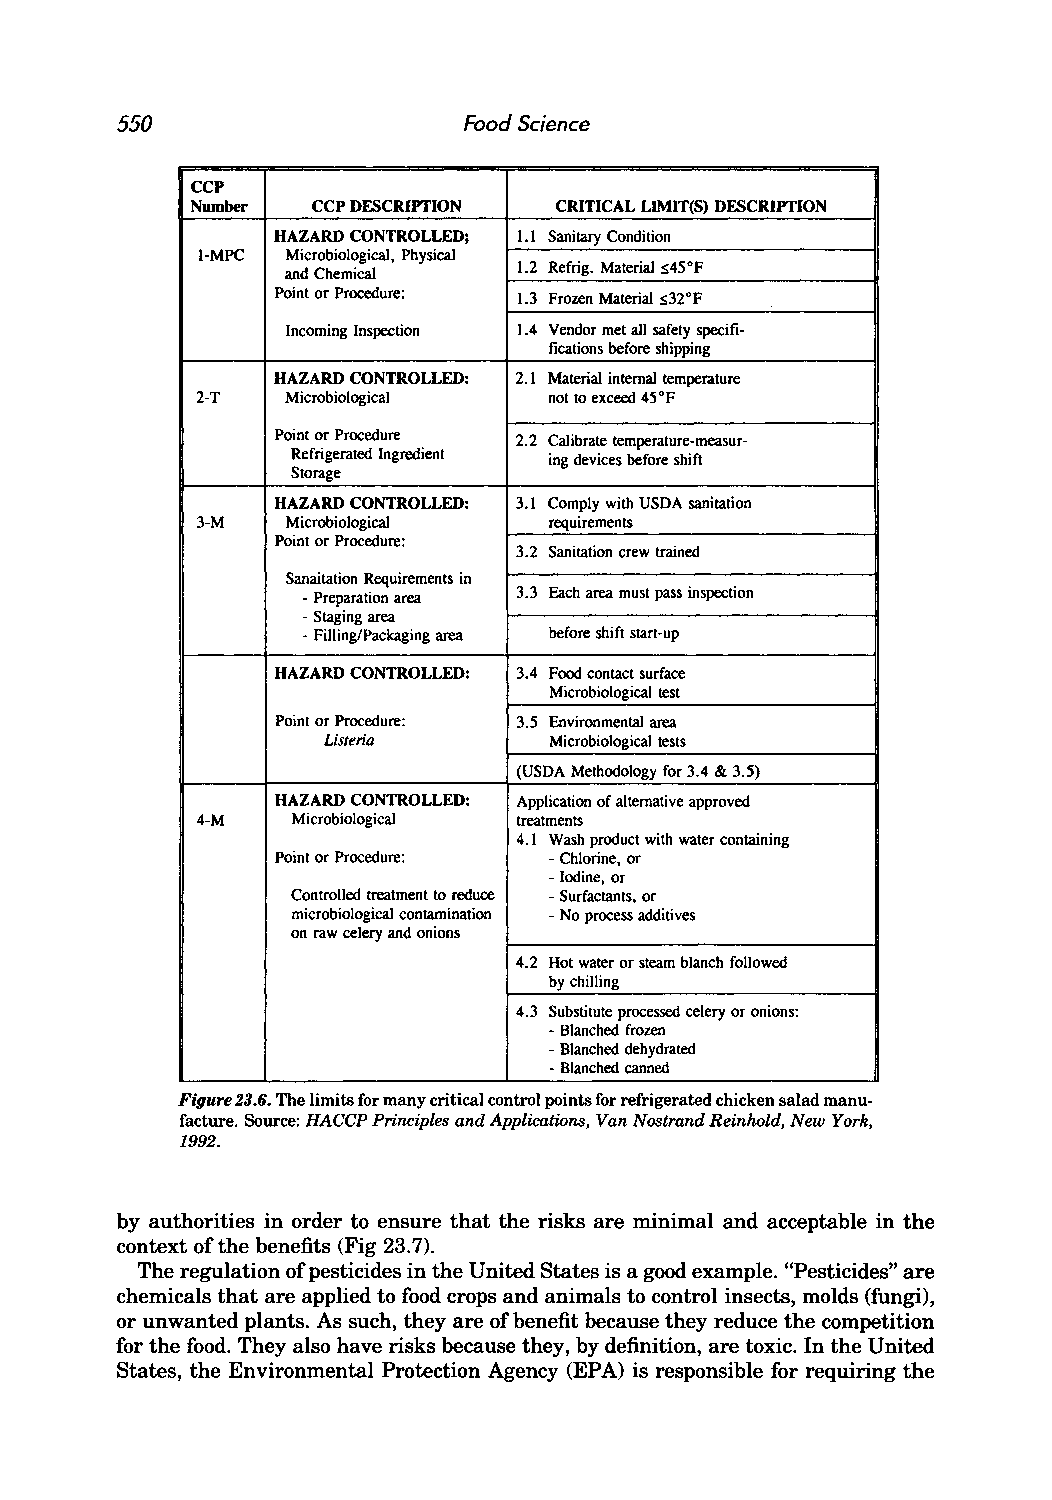
550                    Food Science
 CCP
 Number  CCP DFSCRIYfION CRITICAL LIMIT(S) DFSCRIYfION
 HAZARD CONTROLLED; 1.1 Sanitary Condition
 l-MPC Microbiological, Physical
 and Chemical   1.2 Refrig. Material :s45°F
 Point or Procedure: 1.3 Frozen Material :s32 OF
 Incoming Inspection 1.4 Vendor met all safety specifi-
 fications before shipping
 HAZARD CONTROLLED: 2.1 Material internal temperature
 2-T   Microbiological  not to exceed 45°F
 Point or Procedure 2.2 Calibrate temperature-measur-
 Refrigerated Ingredient ing devices before shift
 Storage
 HAZARD CONTROLLED: 3.1 Comply with USDA sanitation
 3-M   Microbiological  requirements
 Point or Procedure:
 3.2 Sanitation crew trained
 Sanaitation Requirements in
 - Preparation area 3.3 Each area must pass inspection
 -Staging area
 -Filling/Packaging area before shift start-up
 HAZARD CONTROLLED: 3.4 Food contact surface
 Microbiological test
 Point or Procedure: 3.5 Environmental area
 Listeria       Microbiological tests
 (USDA Methodology for 3.4 & 3.5)
 HAZARD CONTROLLED: Application of alternative approved
 4-M   Microbiological treatments
 4.1 Wash product with water containing
 Point or Procedure: -Chlorine, or
 -Iodine, or
 Controlled treatment to reduce -Surfactants, or
 microbiological contamination -No process additives
 on raw celery and onions
 4.2 Hot water or steam blanch followed
 by chilling
 4.3 Substitute processed celery or onions:
 -Blanched frozen
 -Blanched dehydrated
 -Blanched canned
 Figure 23.6. The limits for many critical control points for refrigerated chicken salad manu
 facture. Source: HACCP Principles and Applications, Van Nostrand Reinhold, New York,
 1992.
 by authorities in order to ensure that the risks are minimal and acceptable in the
 context of the benefits (Fig 23.7).
 The regulation of pesticides in the United States is a good example. "Pesticides" are
 chemicals that are applied to food crops and animals to control insects, molds (fungi),
 or unwanted plants. As such, they are of benefit because they reduce the competition
 for the food. They also have risks because they, by definition, are toxic. In the United
 States, the Environmental Protection Agency (EPA) is responsible for requiring the